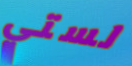
لستي